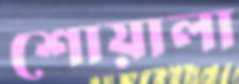
শোয়ালা